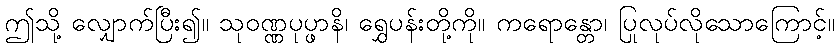
ဤသို့ လျှောက်ပြီး၍။ သုဝဏ္ဏပုပ္ဖာနိ၊ ရွှေပန်းတို့ကို။ ကရောန္တော၊ ပြုလုပ်လိုသောကြောင့်။